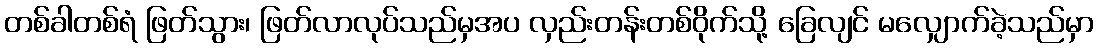
တစ်ခါတစ်ရံ ဖြတ်သွား၊ ဖြတ်လာလုပ်သည်မှအပ လှည်းတန်းတစ်ဝိုက်သို့ ခြေလျင် မလျှောက်ခဲ့သည်မှာ